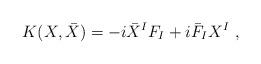
LaTeX: \begin{align*}K(X,\bar X)=-i{\bar X}^IF_I + i{\bar F}_I X^I\ ,\end{align*}